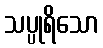
သပ္ပုရိသော